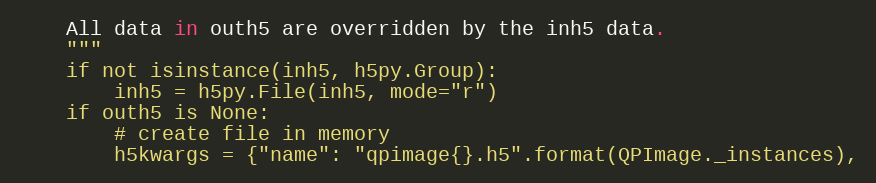
Language: Python
    All data in outh5 are overridden by the inh5 data.
    """
    if not isinstance(inh5, h5py.Group):
        inh5 = h5py.File(inh5, mode="r")
    if outh5 is None:
        # create file in memory
        h5kwargs = {"name": "qpimage{}.h5".format(QPImage._instances),